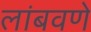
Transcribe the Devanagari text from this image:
लांबवणे